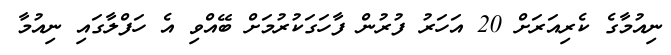
ނިއުމާގެ ކެެރިއަރަށް 20 އަހަރު ފުރުން ފާހަގަކުރުމަށް ބޭއްވި އެ ހަފްލާގައި ނިއުމާ